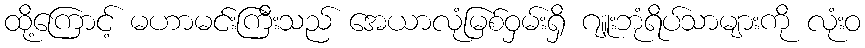
ထို့ကြောင့် မဟာမင်းကြီးသည် အေယာလုံမြစ်ဝှမ်းရှိ ဂျူးဘုံရိပ်သာများကို လုံးဝ